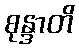
စုန္ဒာတိ